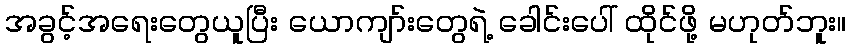
အခွင့်အရေးတွေယူပြီး ယောကျာ်းတွေရဲ့ ခေါင်းပေါ် ထိုင်ဖို့ မဟုတ်ဘူး။